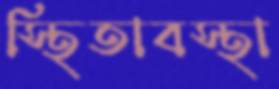
স্থিতাবস্থা